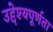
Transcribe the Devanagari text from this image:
उद्देश्यपूर्णता